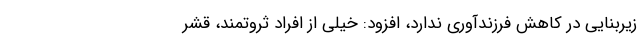
زیربنایی در کاهش فرزندآوری ندارد، افزود: خیلی از افراد ثروتمند، قشر